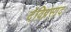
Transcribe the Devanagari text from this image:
देविप्रसाद